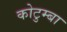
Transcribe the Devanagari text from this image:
कोटुम्बा